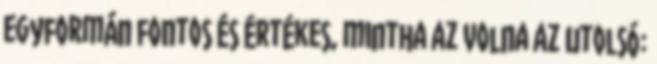
egyformán fontos és értékes, mintha az volna az utolsó: